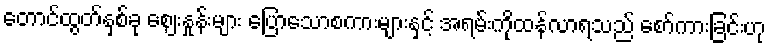
တောင်ထွတ်နှစ်ခု ဈေးနှုန်းများ ပြောသောစကားများနှင့် အရမ်းကိုထန်လာရသည် စော်ကားခြင်းဟု